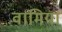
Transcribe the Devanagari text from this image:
वामिया